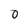
Character: 0